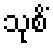
သုစိံ